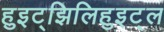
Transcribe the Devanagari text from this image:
हुइट्झिलिहुइट्ल